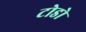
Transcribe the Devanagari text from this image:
टोडो